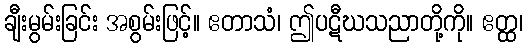
ချီးမွမ်းခြင်း အစွမ်းဖြင့်။ ဧတာသံ၊ ဤပဋီဃသညာတို့ကို။ ဧတ္ထ၊